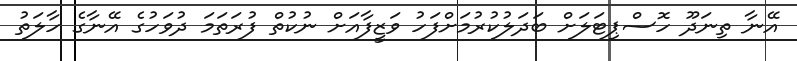
އޭނާ ތިނަދޫ ހޮސްޕިޓަލަށް ބަދަލުކުރުމަށްފަހު ވަޒީފާއަށް ނުކުތް ފުރަތަމަ ދުވަހުގެ އޭނާގެ ހާލަތު